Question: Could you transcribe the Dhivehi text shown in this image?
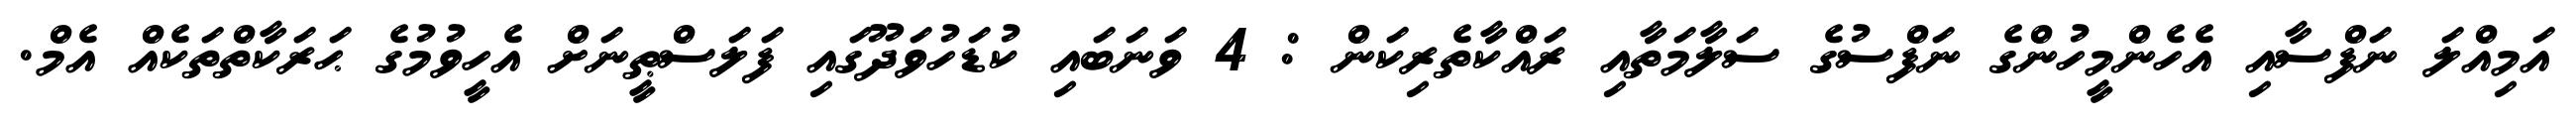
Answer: އަމިއްލަ ނަފްސާއި އެހެންމީހުންގެ ނަފްސުގެ ސަލާމަތާއި ރައްކާތެރިކަން : 4 ވަނަބައި ކުޑަހުވަދޫގައި ފަލަސްޠީނަށް އެހީވުމުގެ ޙަރަކާތްތަކެއް އެމް.